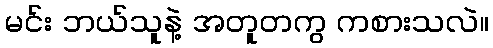
မင်း ဘယ်သူနဲ့ အတူတကွ ကစားသလဲ။